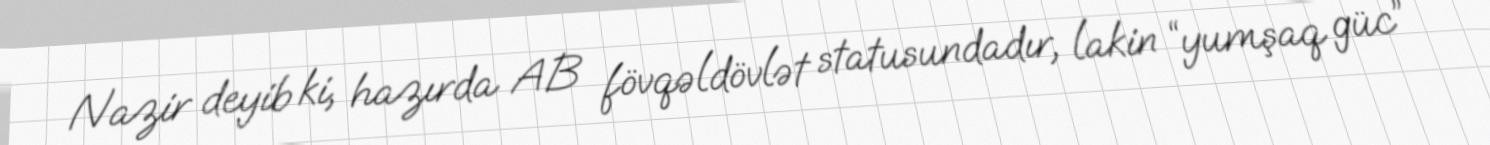
Nazir deyib ki, hazırda AB fövqəldövlət statusundadır, lakin “yumşaq güc”